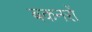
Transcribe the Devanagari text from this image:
बकनरों